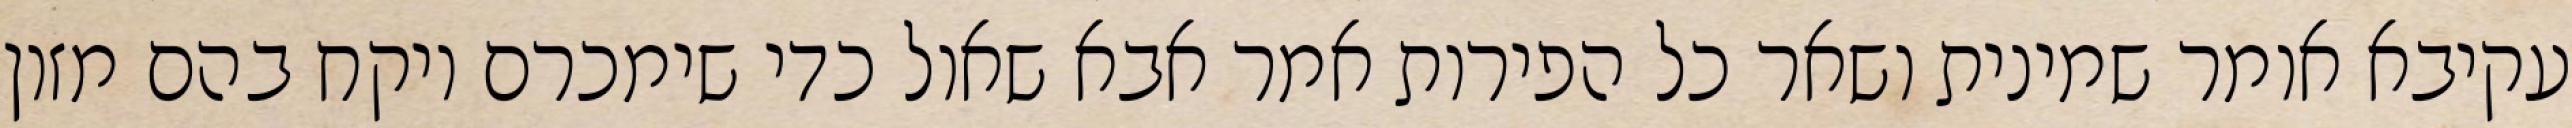
עקיבא אומר שמינית ושאר כל הפירות אמר אבא שאול כדי שימכרם ויקח בהם מזון